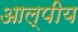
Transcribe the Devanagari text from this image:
आल्पीय